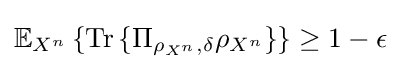
\mathbb {E} _{X^{n}}\left\{{\text{Tr}}\left\{\Pi _{\rho _{X^{n}},\delta }\rho _{X^{n}}\right\}\right\}\geq 1-\epsilon